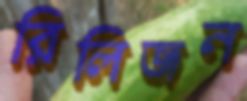
রিলিজন